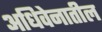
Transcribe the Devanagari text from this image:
अधिवेनातील